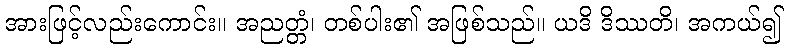
အားဖြင့်လည်းကောင်း။ အညတ္တံ၊ တစ်ပါး၏ အဖြစ်သည်။ ယဒိ ဒိဿတိ၊ အကယ်၍